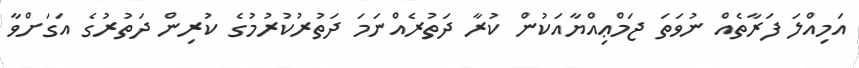
އަމިއްލަ ފަރާތެއް ނުވަތަ ޖަމްޢިއްޔާއަކުން ކުރާ ދަތުރެއްނަމަ ދަތުރުކުރުމުގެ ކުރިން ދަތުރުގެ އަގަށްވާ